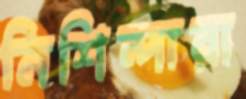
নিশিন্দারা